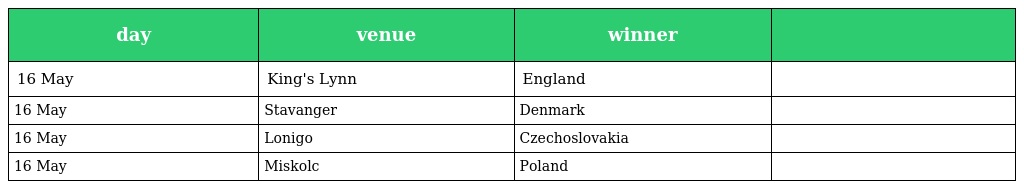
| day | venue | winner |  |
 | --- | --- | --- | --- |
 | 16 May | King's Lynn | England |  |
 | 16 May | Stavanger | Denmark |  |
 | 16 May | Lonigo | Czechoslovakia |  |
 | 16 May | Miskolc | Poland |  |